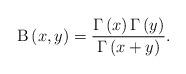
LaTeX: \begin{align*}\mathrm{B}\left( x,y\right) =\frac{\Gamma \left( x\right) \Gamma \left(y\right) }{\Gamma \left( x+y\right) }. \end{align*}